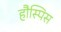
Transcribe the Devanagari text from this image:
हौस्पिस